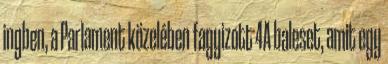
ingben, a Parlament közelében fagyizott 4A baleset, amit egy